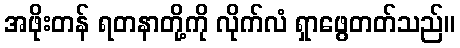
အဖိုးတန် ရတနာတို့ကို လိုက်လံ ရှာဖွေတတ်သည်။